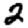
Digit: 2